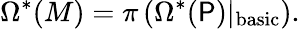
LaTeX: \Omega^{*}(M)=\pi\left(\Omega^{*}(\mathsf{P})\vert_{\mathrm{{basic}}}\right).